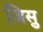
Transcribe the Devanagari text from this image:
ज़िसु